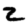
Digit: 2